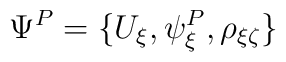
\Psi^P=\{U_\xi, \psi^P_\xi, \rho_{\xi\zeta}\}